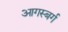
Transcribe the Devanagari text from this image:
आगस्बर्ग